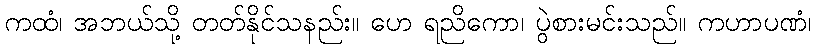
ကထံ၊ အဘယ်သို့ တတ်နိုင်သနည်း။ ဟေ ရညိကော၊ ပွဲစားမင်းသည်။ ကဟာပဏံ၊